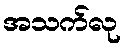
အသက်လု